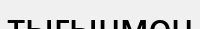
тығынмен